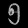
Digit: ၅